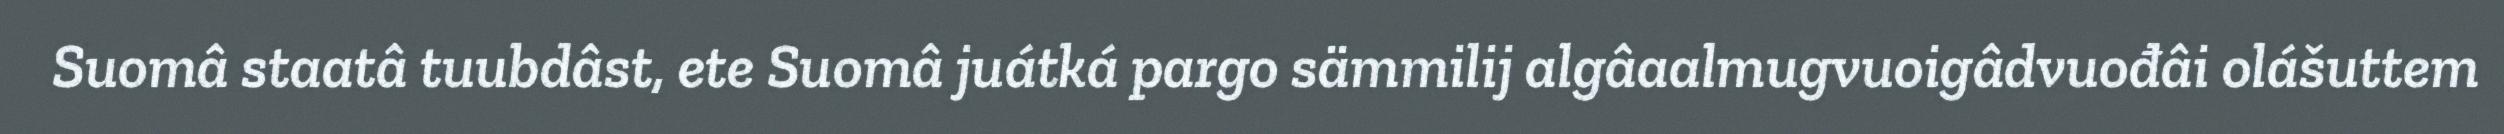
Suomâ staatâ tuubdâst, ete Suomâ juátká pargo sämmilij algâaalmugvuoigâdvuođâi olášuttem